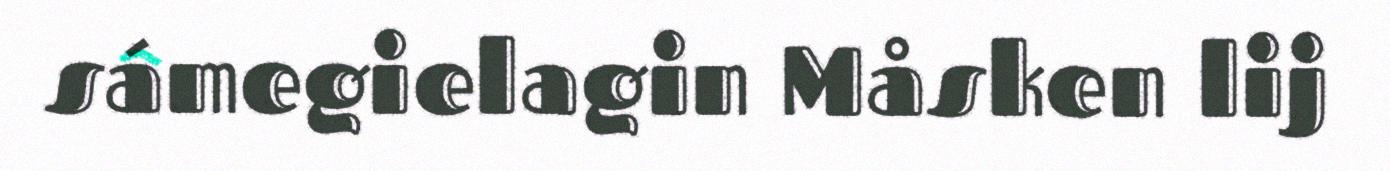
sámegielagin Måsken lij